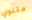
ملتوي